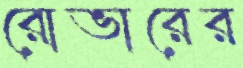
রোভারের